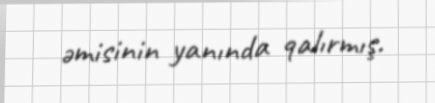
əmisinin yanında qalırmış.